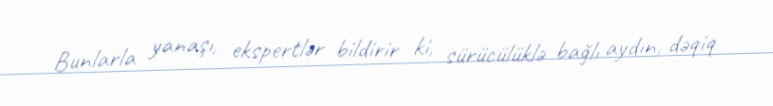
Bunlarla yanaşı, ekspertlər bildirir ki, sürücülüklə bağlı aydın, dəqiq